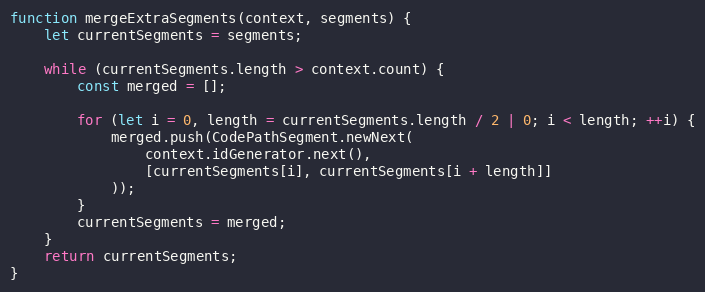
Language: JavaScript
function mergeExtraSegments(context, segments) {
    let currentSegments = segments;

    while (currentSegments.length > context.count) {
        const merged = [];

        for (let i = 0, length = currentSegments.length / 2 | 0; i < length; ++i) {
            merged.push(CodePathSegment.newNext(
                context.idGenerator.next(),
                [currentSegments[i], currentSegments[i + length]]
            ));
        }
        currentSegments = merged;
    }
    return currentSegments;
}